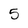
Character: 5